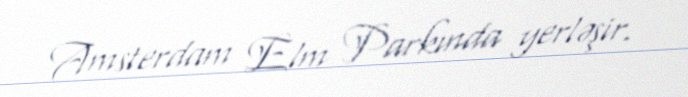
Amsterdam Elm Parkında yerləşir.